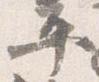
平